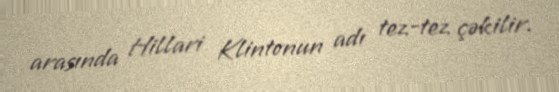
arasında Hillari Klintonun adı tez-tez çəkilir.